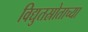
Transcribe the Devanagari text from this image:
विद्युतस्रोताच्या